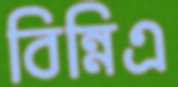
বিন্নিএ